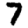
Digit: 7